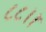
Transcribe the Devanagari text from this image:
८८।।